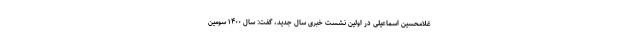
غلامحسین اسماعیلی در اولین نشست خبری سال جدید، گفت: سال ۱۴۰۰ سومین